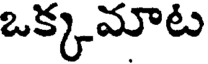
ఒక్కమాట